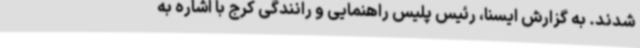
شدند. به گزارش ایسنا، رئیس پلیس راهنمایی و رانندگی کرج با اشاره به